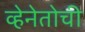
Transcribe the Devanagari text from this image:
व्हेनेतोची